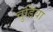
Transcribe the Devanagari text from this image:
चुडिया